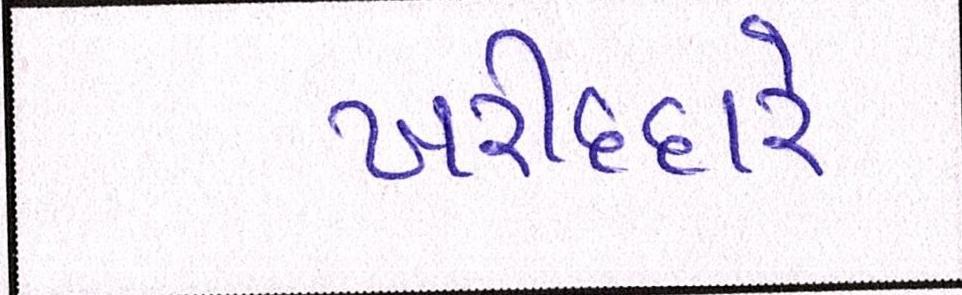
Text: ખરીદદારે